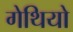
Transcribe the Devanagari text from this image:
गेथियो